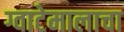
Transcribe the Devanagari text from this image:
ग्वाटेमालाचा